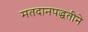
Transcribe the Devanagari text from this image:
मतदानपद्धतीने